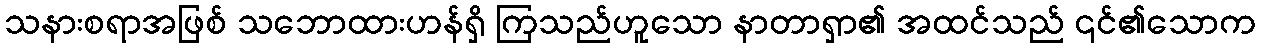
သနားစရာအဖြစ် သဘောထားဟန်ရှိ ကြသည်ဟူသော နာတာရှာ၏ အထင်သည် ၎င်၏သောက